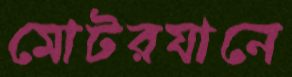
মোটরযানে